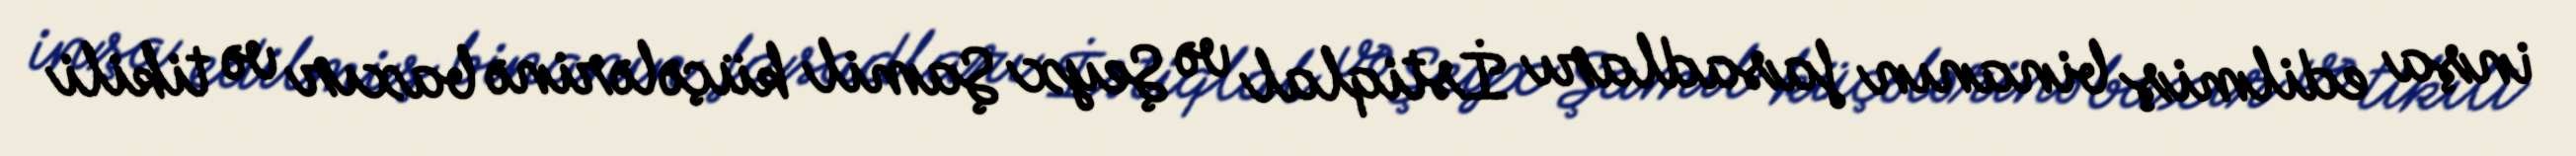
inşa edilmiş binanın fasadları İstiqlal və Şeyx Şamil küçələrinə baxır və tikili